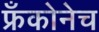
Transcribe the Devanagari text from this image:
फ्रँकोनेच